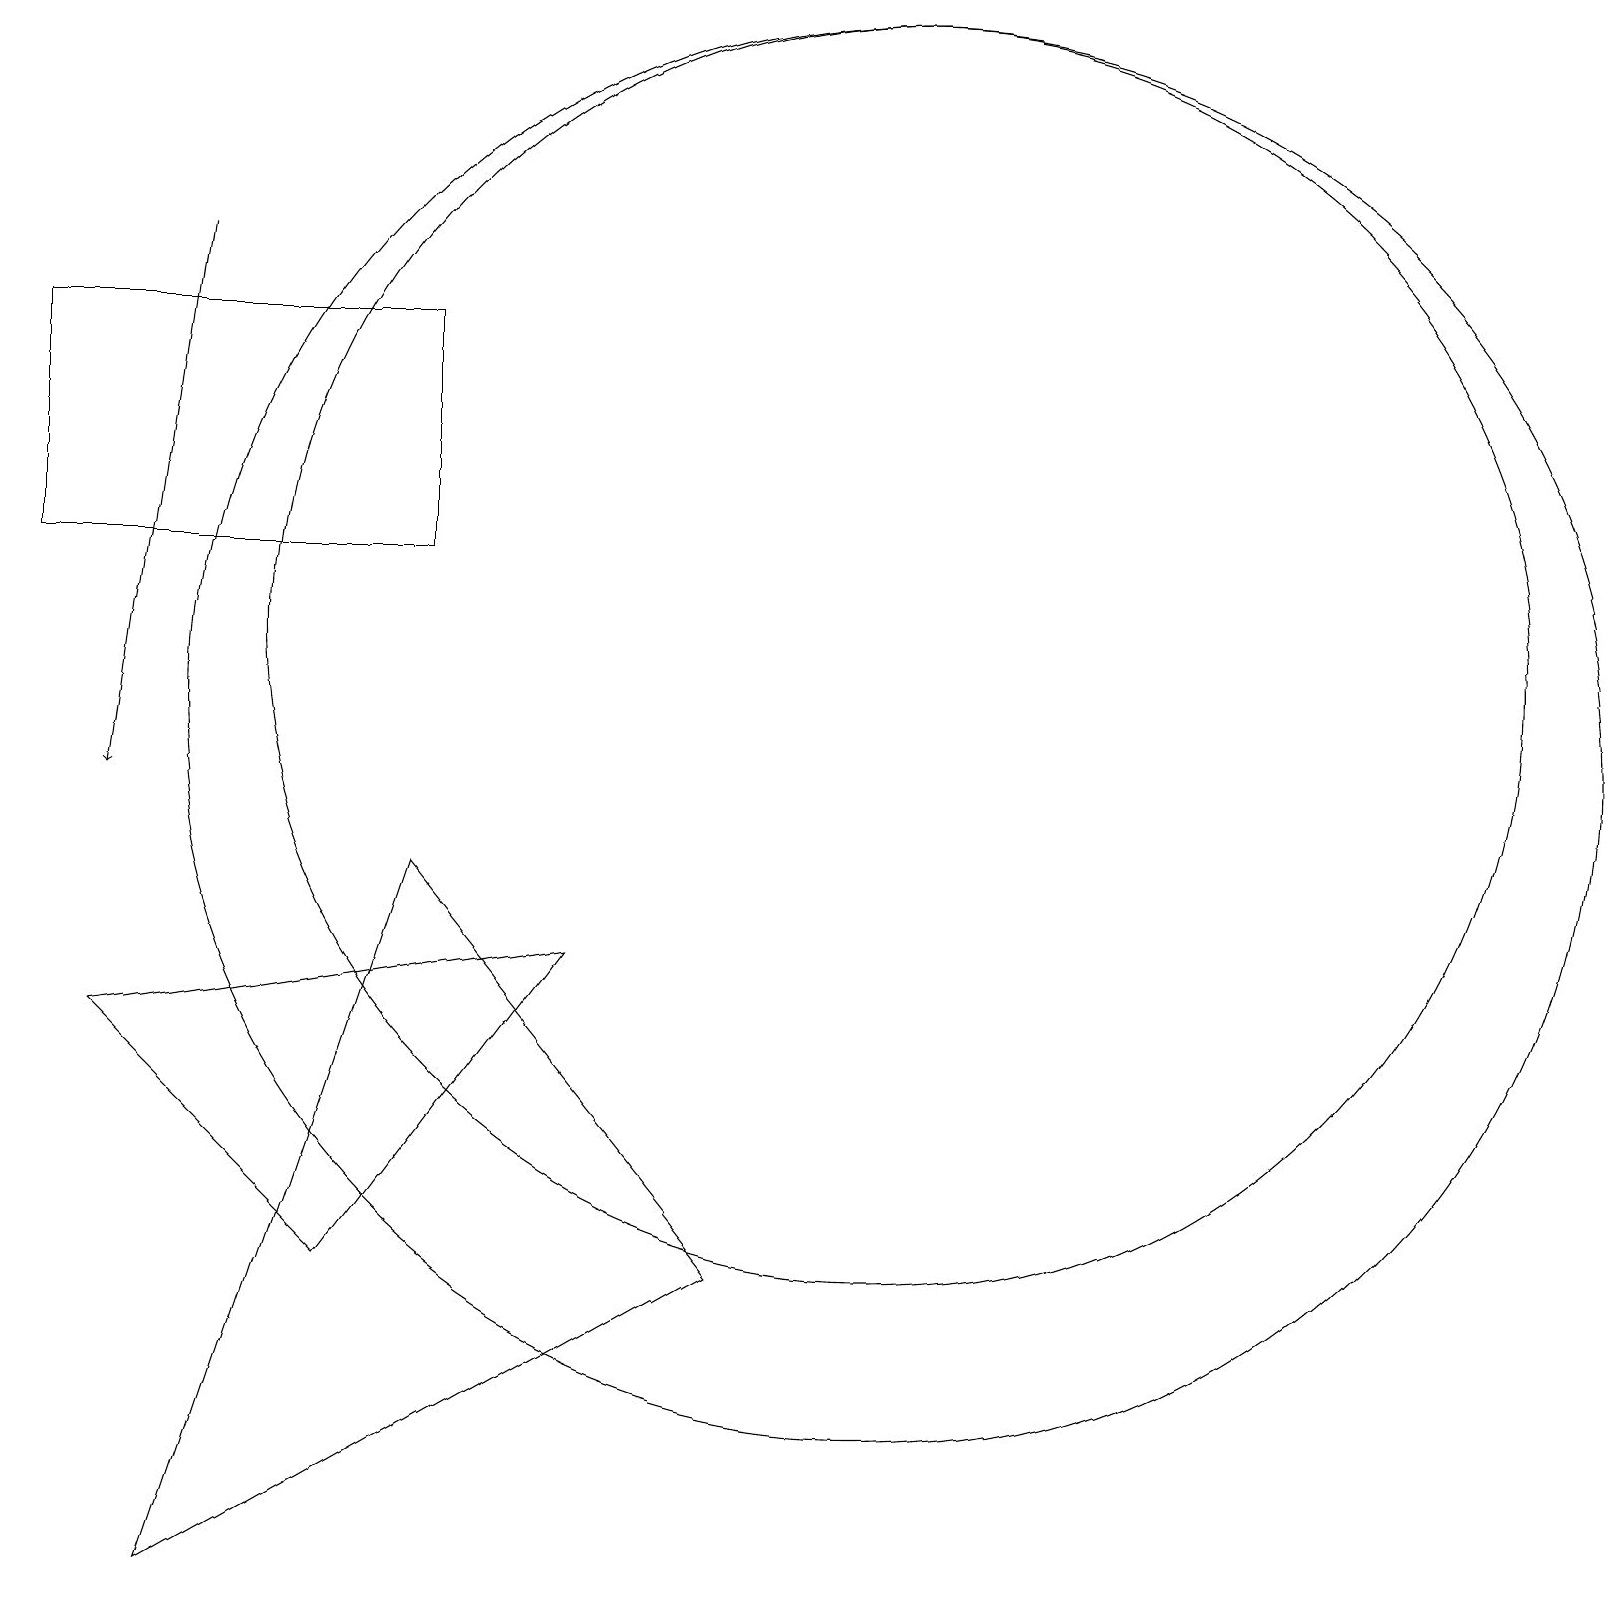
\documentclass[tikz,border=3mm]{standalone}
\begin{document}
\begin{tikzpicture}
\draw (11,12) circle (8);
\draw (2,0) -- (5,9) -- (9,4) -- cycle;
\draw (5,16) rectangle (0,13);
\draw (1,7) -- (4,4) -- (7,8) -- cycle;
\draw (11,11) circle (9);
\draw[->] (2,17) -- (1,10);
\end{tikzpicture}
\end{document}